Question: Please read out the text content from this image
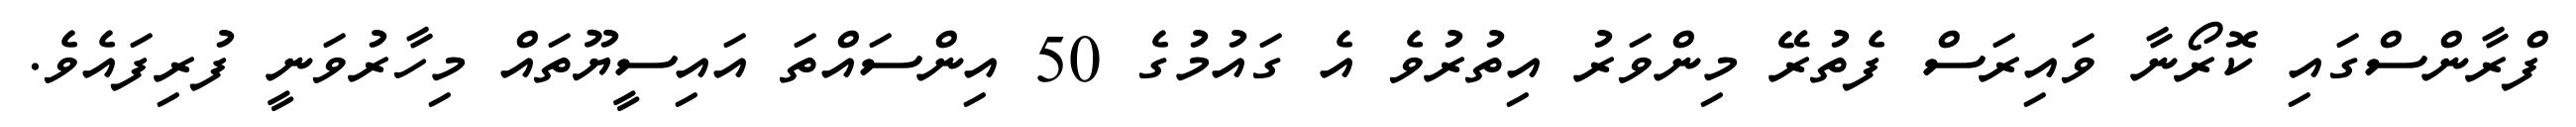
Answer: ފްރާންސްގައި ކޮރޯނާ ވައިރަސް ފެތުރޭ މިންވަރު އިތުރުވެ އެ ގައުމުގެ 50 އިންސައްތަ އައިސީޔޫތައް މިހާރުވަނީ ފުރިފައެވެ.